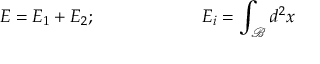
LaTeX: E = E _ { 1 } + E _ { 2 } ; \ \ \ \ \ \ \ \ \ \ \ \ \ \ \ \ \ \ E _ { i } = \int _ { \mathcal { B } } d ^ { 2 } x